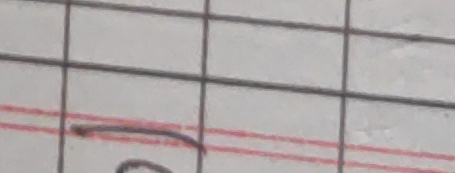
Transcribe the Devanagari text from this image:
२